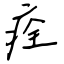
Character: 痊